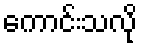
ကောင်းသလို